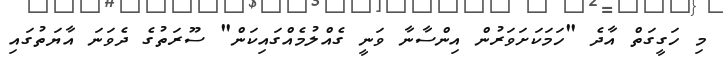
މި ހަގީގަތް އާދެ "ހަމަކަށަވަރުން އިންސާނާ ވަނީ ގެއްލުމެއްގައިކަން" ސޫރަތުގެ ދެވަނަ އާޔަތުގައި